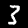
Digit: 3